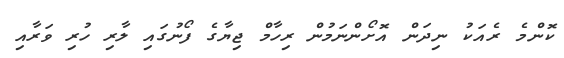
ކޮންމެ ރެއަކު ނިދަން އޮށޯންނަމުން ރިހާމް ޖިޔާގެ ފޯނުގައި ލާރި ހުރި ވަރާއި